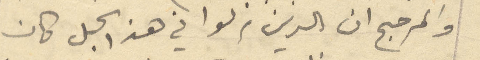
والمرجح ان الذين نزلوا في هذا الجبل كان